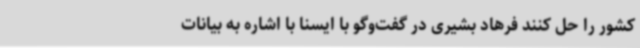
کشور را حل کنند فرهاد بشیری در گفت‌وگو با ایسنا با اشاره به بیانات